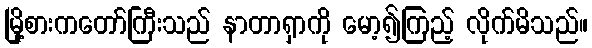
မြို့စားကတော်ကြီးသည် နာတာရှာကို မော့၍ကြည့် လိုက်မိသည်။